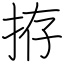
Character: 拵